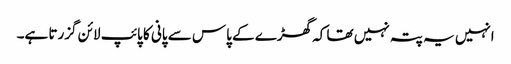
انہیں یہ پتہ نہیں تھا کہ گھڑے کے پاس سے پانی کا پائپ لائن گزرتا ہے۔